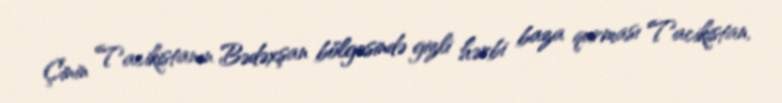
Çinin Tacikistanın Bədəxşan bölgəsində gizli hərbi baza qurması Tacikistan,